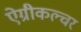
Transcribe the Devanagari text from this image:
ऐग्रीकल्चर